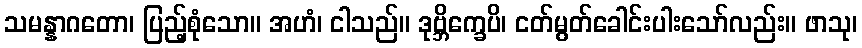
သမန္နာဂတော၊ ပြည့်စုံသော။ အဟံ၊ ငါသည်။ ဒုဗ္ဘိက္ခေပိ၊ ငတ်မွတ်ခေါင်းပါးသော်လည်း။ ဖာသု၊